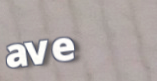
ave